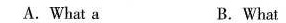
A. What a B. What